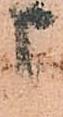
申